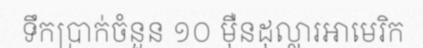
ទឹកប្រាក់ចំនួន ១០ ម៉ឺនដុល្លារអាមេរិក